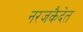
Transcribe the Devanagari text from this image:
नरजकैदेत